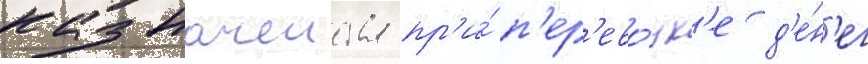
казначеиства пр'и́ п'ер'ево́зк'е д'е́н'ег